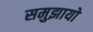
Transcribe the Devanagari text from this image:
समुझायो